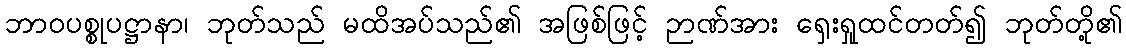
ဘာဝပစ္စုပဋ္ဌာနာ၊ ဘုတ်သည် မထိအပ်သည်၏ အဖြစ်ဖြင့် ဉာဏ်အား ရှေးရှုထင်တတ်၍ ဘုတ်တို့၏